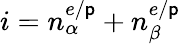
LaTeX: i=n_{\alpha}^{e/\mathsf{p}}+n_{\beta}^{e/\mathsf{p}}